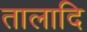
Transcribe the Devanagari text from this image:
तालादि